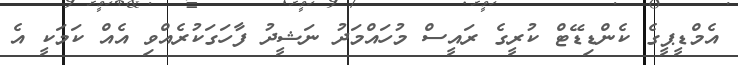
އެމްޑީޕީގެ ކެންޑިޑޭޓް ކުރީގެ ރައީސް މުހައްމަދު ނަޝީދު ފާހަގަކުރެއްވި އެއް ކަމަކީ އެ